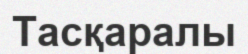
Тасқаралы